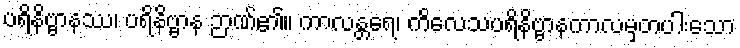
ပရိနိဗ္ဗာနဿ၊ ပရိနိဗ္ဗာန ဉာဏ်၏။ ကာလန္တရေ၊ ကိလေသပရိနိဗ္ဗာနကာလမှတပါးသော